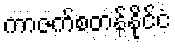
ကာဇက်စတန်နိုင်ငံ